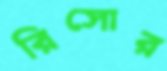
রিসোর